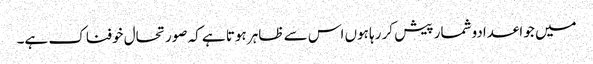
میں جو اعدادوشمار پیش کر رہا ہوں اس سے ظاہر ہوتا ہے کہ صورتحال خوفناک ہے۔